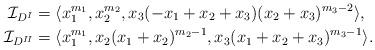
LaTeX: \begin{align*}\mathcal{I}_{D^I}&=\langle x_1^{m_1}, x_2^{m_2}, x_3(-x_1+x_2+x_3)(x_2+x_3)^{m_3-2} \rangle,\\ \mathcal{I}_{D^{I\!I}}&=\langle x_1^{m_1}, x_2(x_1+x_2)^{m_2-1}, x_3(x_1+x_2+x_3)^{m_3-1} \rangle.\end{align*}